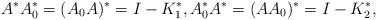
LaTeX: \begin{align*}A^* A_0^* = (A_0A)^* = I - K_1^*, A^*_0 A^* = (AA_0)^* = I - K_2^*,\end{align*}